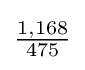
{\tfrac {1,168}{475}}